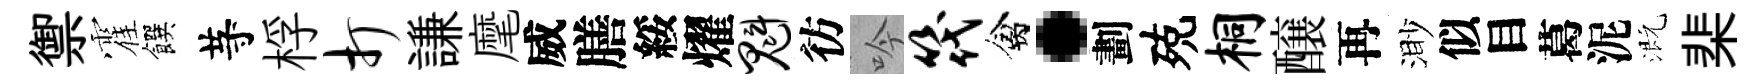
禦霍饌䒭桴打謙麾威膳綏燿魁彷吟筏禽·劃殑桐醸再渺似目葛泥溉棐